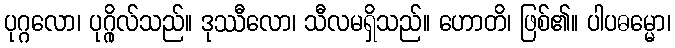
ပုဂ္ဂလော၊ ပုဂ္ဂိုလ်သည်။ ဒုဿီလော၊ သီလမရှိသည်။ ဟောတိ၊ ဖြစ်၏။ ပါပဓမ္မော၊